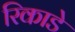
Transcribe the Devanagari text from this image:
रिकाडे